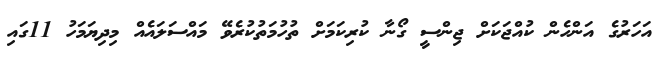
އަހަރުގެ އަންހެން ކުއްޖަކަށް ޖިންސީ ގޯނާ ކުރިކަމަށް ތުހުމަތުކުރެވޭ މައްސަލައެއް މިދިޔަމަހު 11ގައި